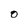
Character: O